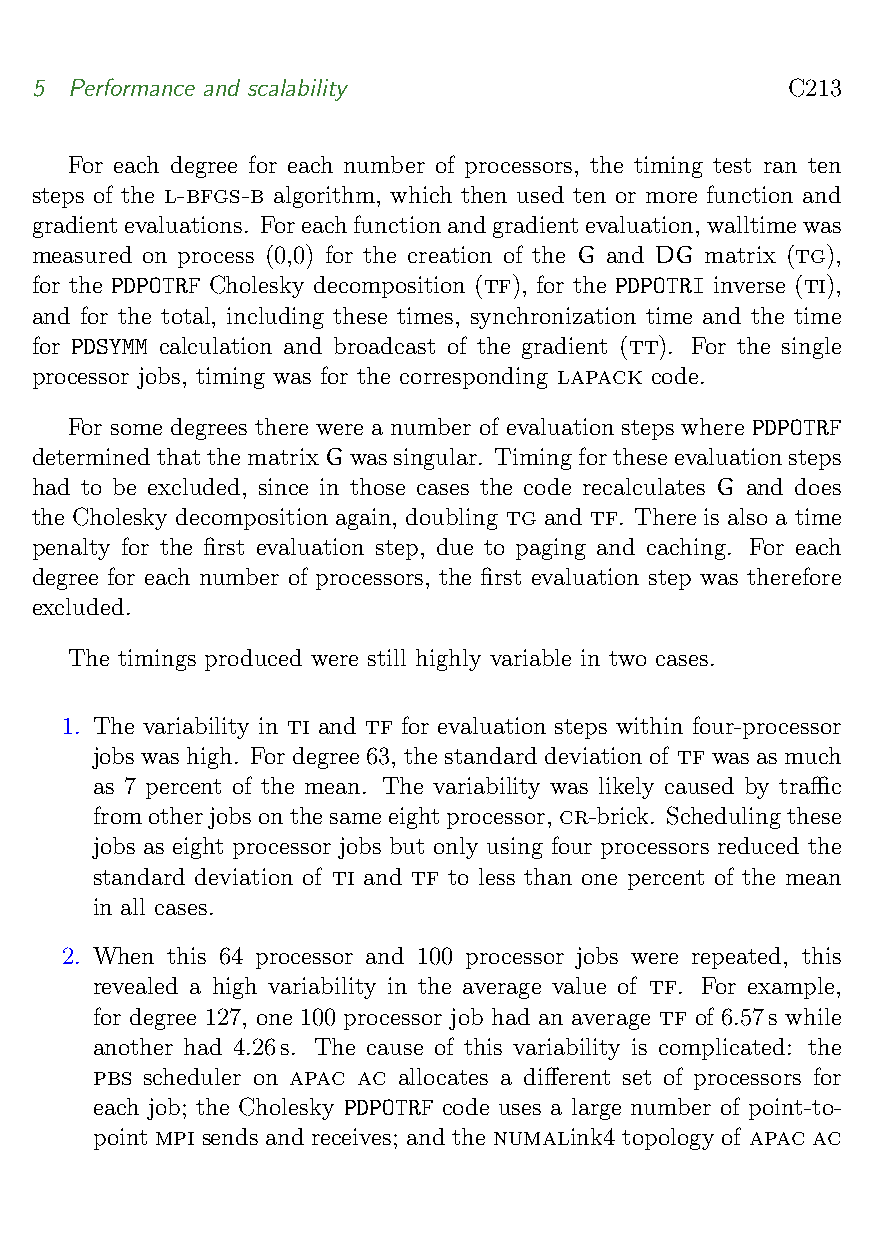
5  Performance and scalability                    C213
 For each degree for each number of processors, the timing test ran ten
 steps of the l-bfgs-b algorithm, which then used ten or more function and
 gradientevaluations. Foreachfunctionandgradientevaluation,walltimewas
 measured on process (0,0) for the creation of the G and DG matrix (tg),
 for the PDPOTRF Cholesky decomposition (tf), for the PDPOTRI inverse (ti),
 and for the total, including these times, synchronization time and the time
 for PDSYMM calculation and broadcast of the gradient (tt). For the single
 processor jobs, timing was for the corresponding lapack code.
 For some degrees there were a number of evaluation steps where PDPOTRF
 determinedthatthematrixGwassingular. Timingfortheseevaluationsteps
 had to be excluded, since in those cases the code recalculates G and does
 the Cholesky decomposition again, doubling tg and tf. There is also a time
 penalty for the first evaluation step, due to paging and caching. For each
 degree for each number of processors, the first evaluation step was therefore
 excluded.
 The timings produced were still highly variable in two cases.
 1. The variability in ti and tf for evaluation steps within four-processor
 jobs was high. For degree 63, the standard deviation of tf was as much
 as 7 percent of the mean. The variability was likely caused by traffic
 fromotherjobsonthesameeightprocessor, cr-brick. Schedulingthese
 jobs as eight processor jobs but only using four processors reduced the
 standard deviation of ti and tf to less than one percent of the mean
 in all cases.
 2. When this 64 processor and 100 processor jobs were repeated, this
 revealed a high variability in the average value of tf. For example,
 for degree 127, one 100 processor job had an average tf of 6.57s while
 another had 4.26s. The cause of this variability is complicated: the
 pbs scheduler on apac ac allocates a different set of processors for
 each job; the Cholesky PDPOTRF code uses a large number of point-to-
 point mpi sends and receives; and the numalink4 topology of apac ac